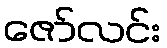
ဇော်လင်း